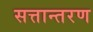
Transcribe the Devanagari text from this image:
सत्तान्तरण